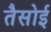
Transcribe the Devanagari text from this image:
तैसोई